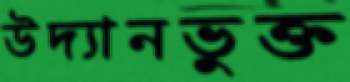
উদ্যানভুক্ত